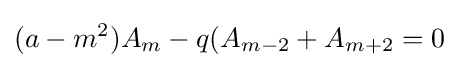
(a-m^{2})A_{m}-q(A_{m-2}+A_{m+2}=0